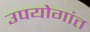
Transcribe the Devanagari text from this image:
उपयोगांत